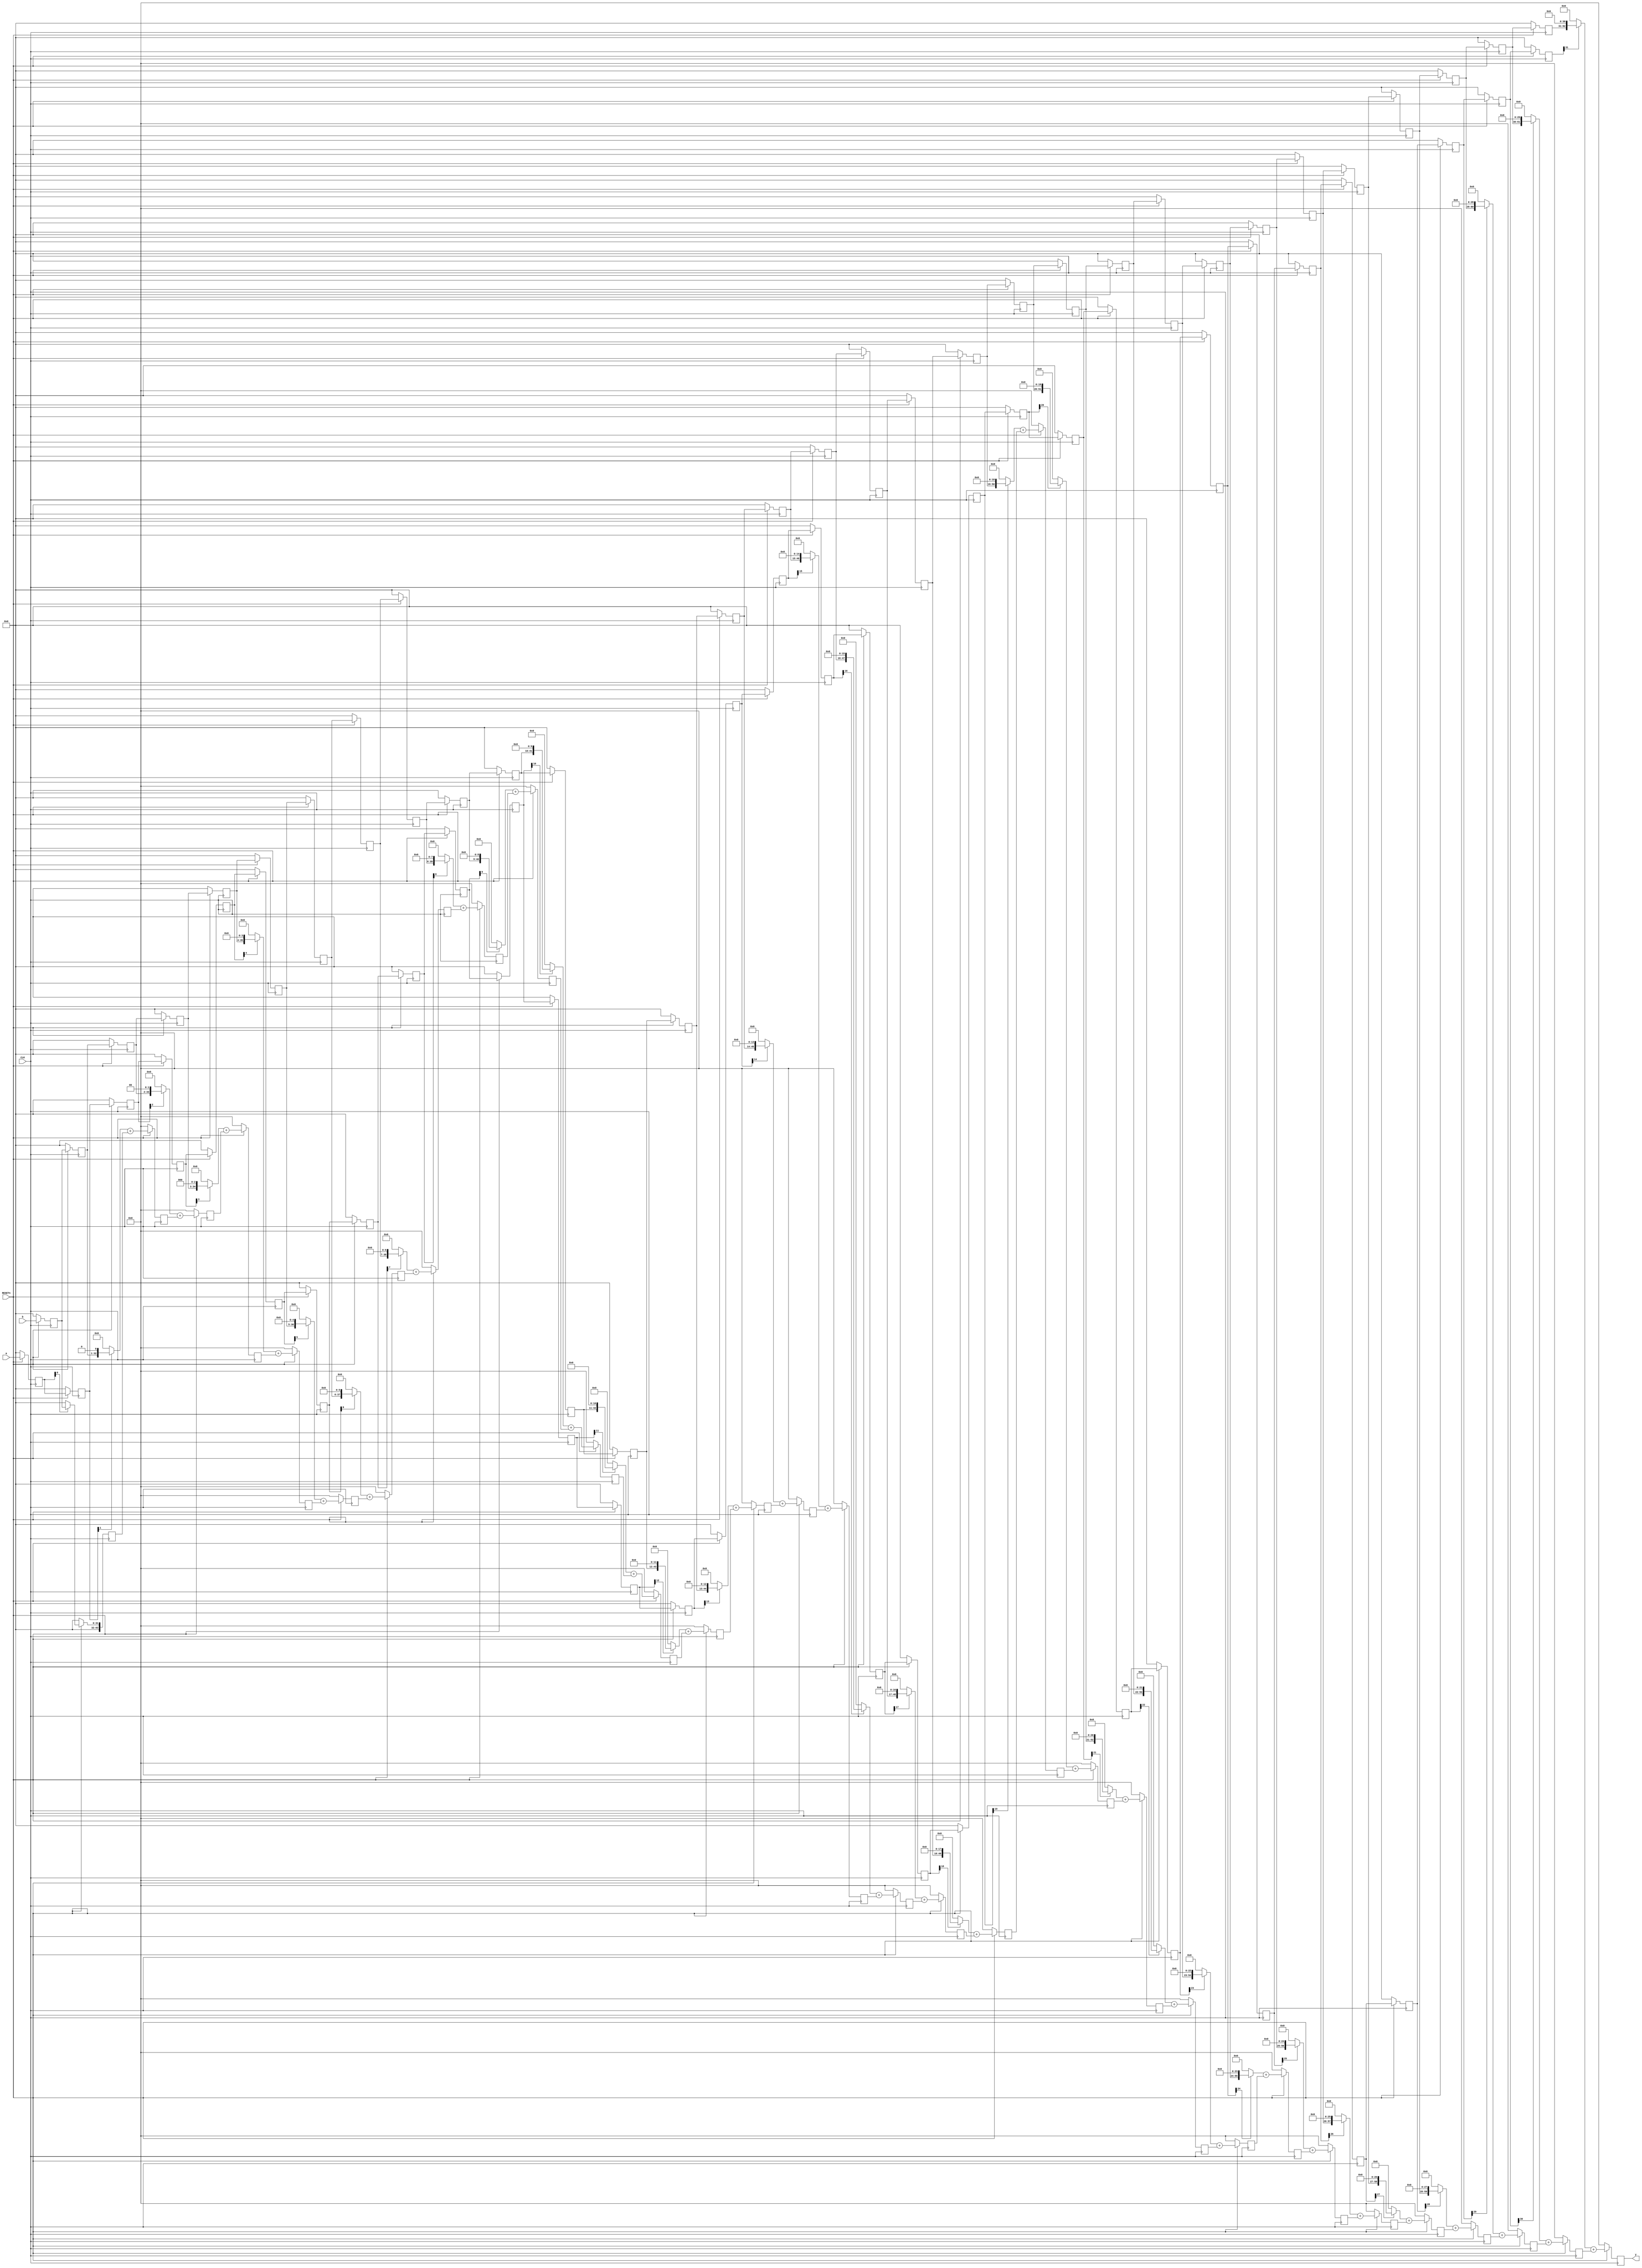
module mul_A (CLK, RESETn, a, b, y);
	parameter bw = 32;
	
	input [bw-1:0] a, b;
	input CLK;
	input RESETn;
	output [2*bw-1:0] y;
	
	reg [bw-1:0] a_pipe [bw-1:0];
	reg [bw-1:0] b_pipe [bw-1:0];
	reg [2*bw-1:0] partials [bw-1:0];
	
	genvar i, j;
	for(i=0; i<bw; i=i+1) begin : gen1
		always@(posedge CLK) begin
			if(!RESETn) begin
				a_pipe[i] <= 0;
				b_pipe[i] <= 0;
				partials[i] <= 0;
			end
			else begin
				if(i==0) begin
					a_pipe[i] <= a;
					b_pipe[i] <= b;
					partials[i] <=(a_pipe[i][i] ? b_pipe[i] << i : 0);
				end
				else begin
					a_pipe[i] <= a_pipe[i-1];
					b_pipe[i] <= b_pipe[i-1];
					partials[i] <=(a_pipe[i][i] ? b_pipe[i] << i : 0) + partials[i-1];
				end				
			end
		end
	end
	
	assign y = partials[bw-1];

endmodule